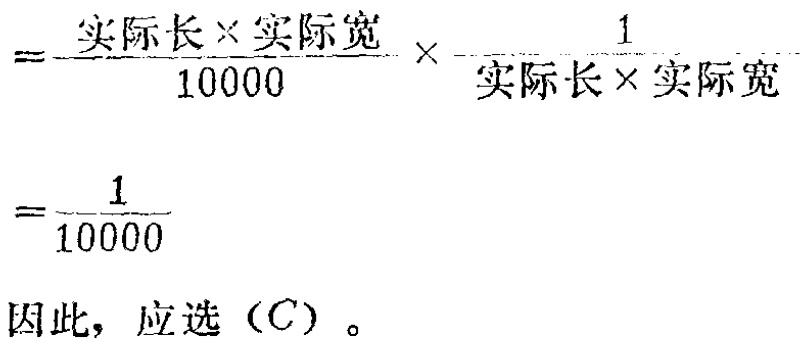
\[

=\frac{\text{实际长}\times\text{实际宽}}{10000}\times\frac{1}{\text{实际长}\times\text{实际宽}}

\]

\[

=\frac{1}{10000}

\]

因此，应选（C）。